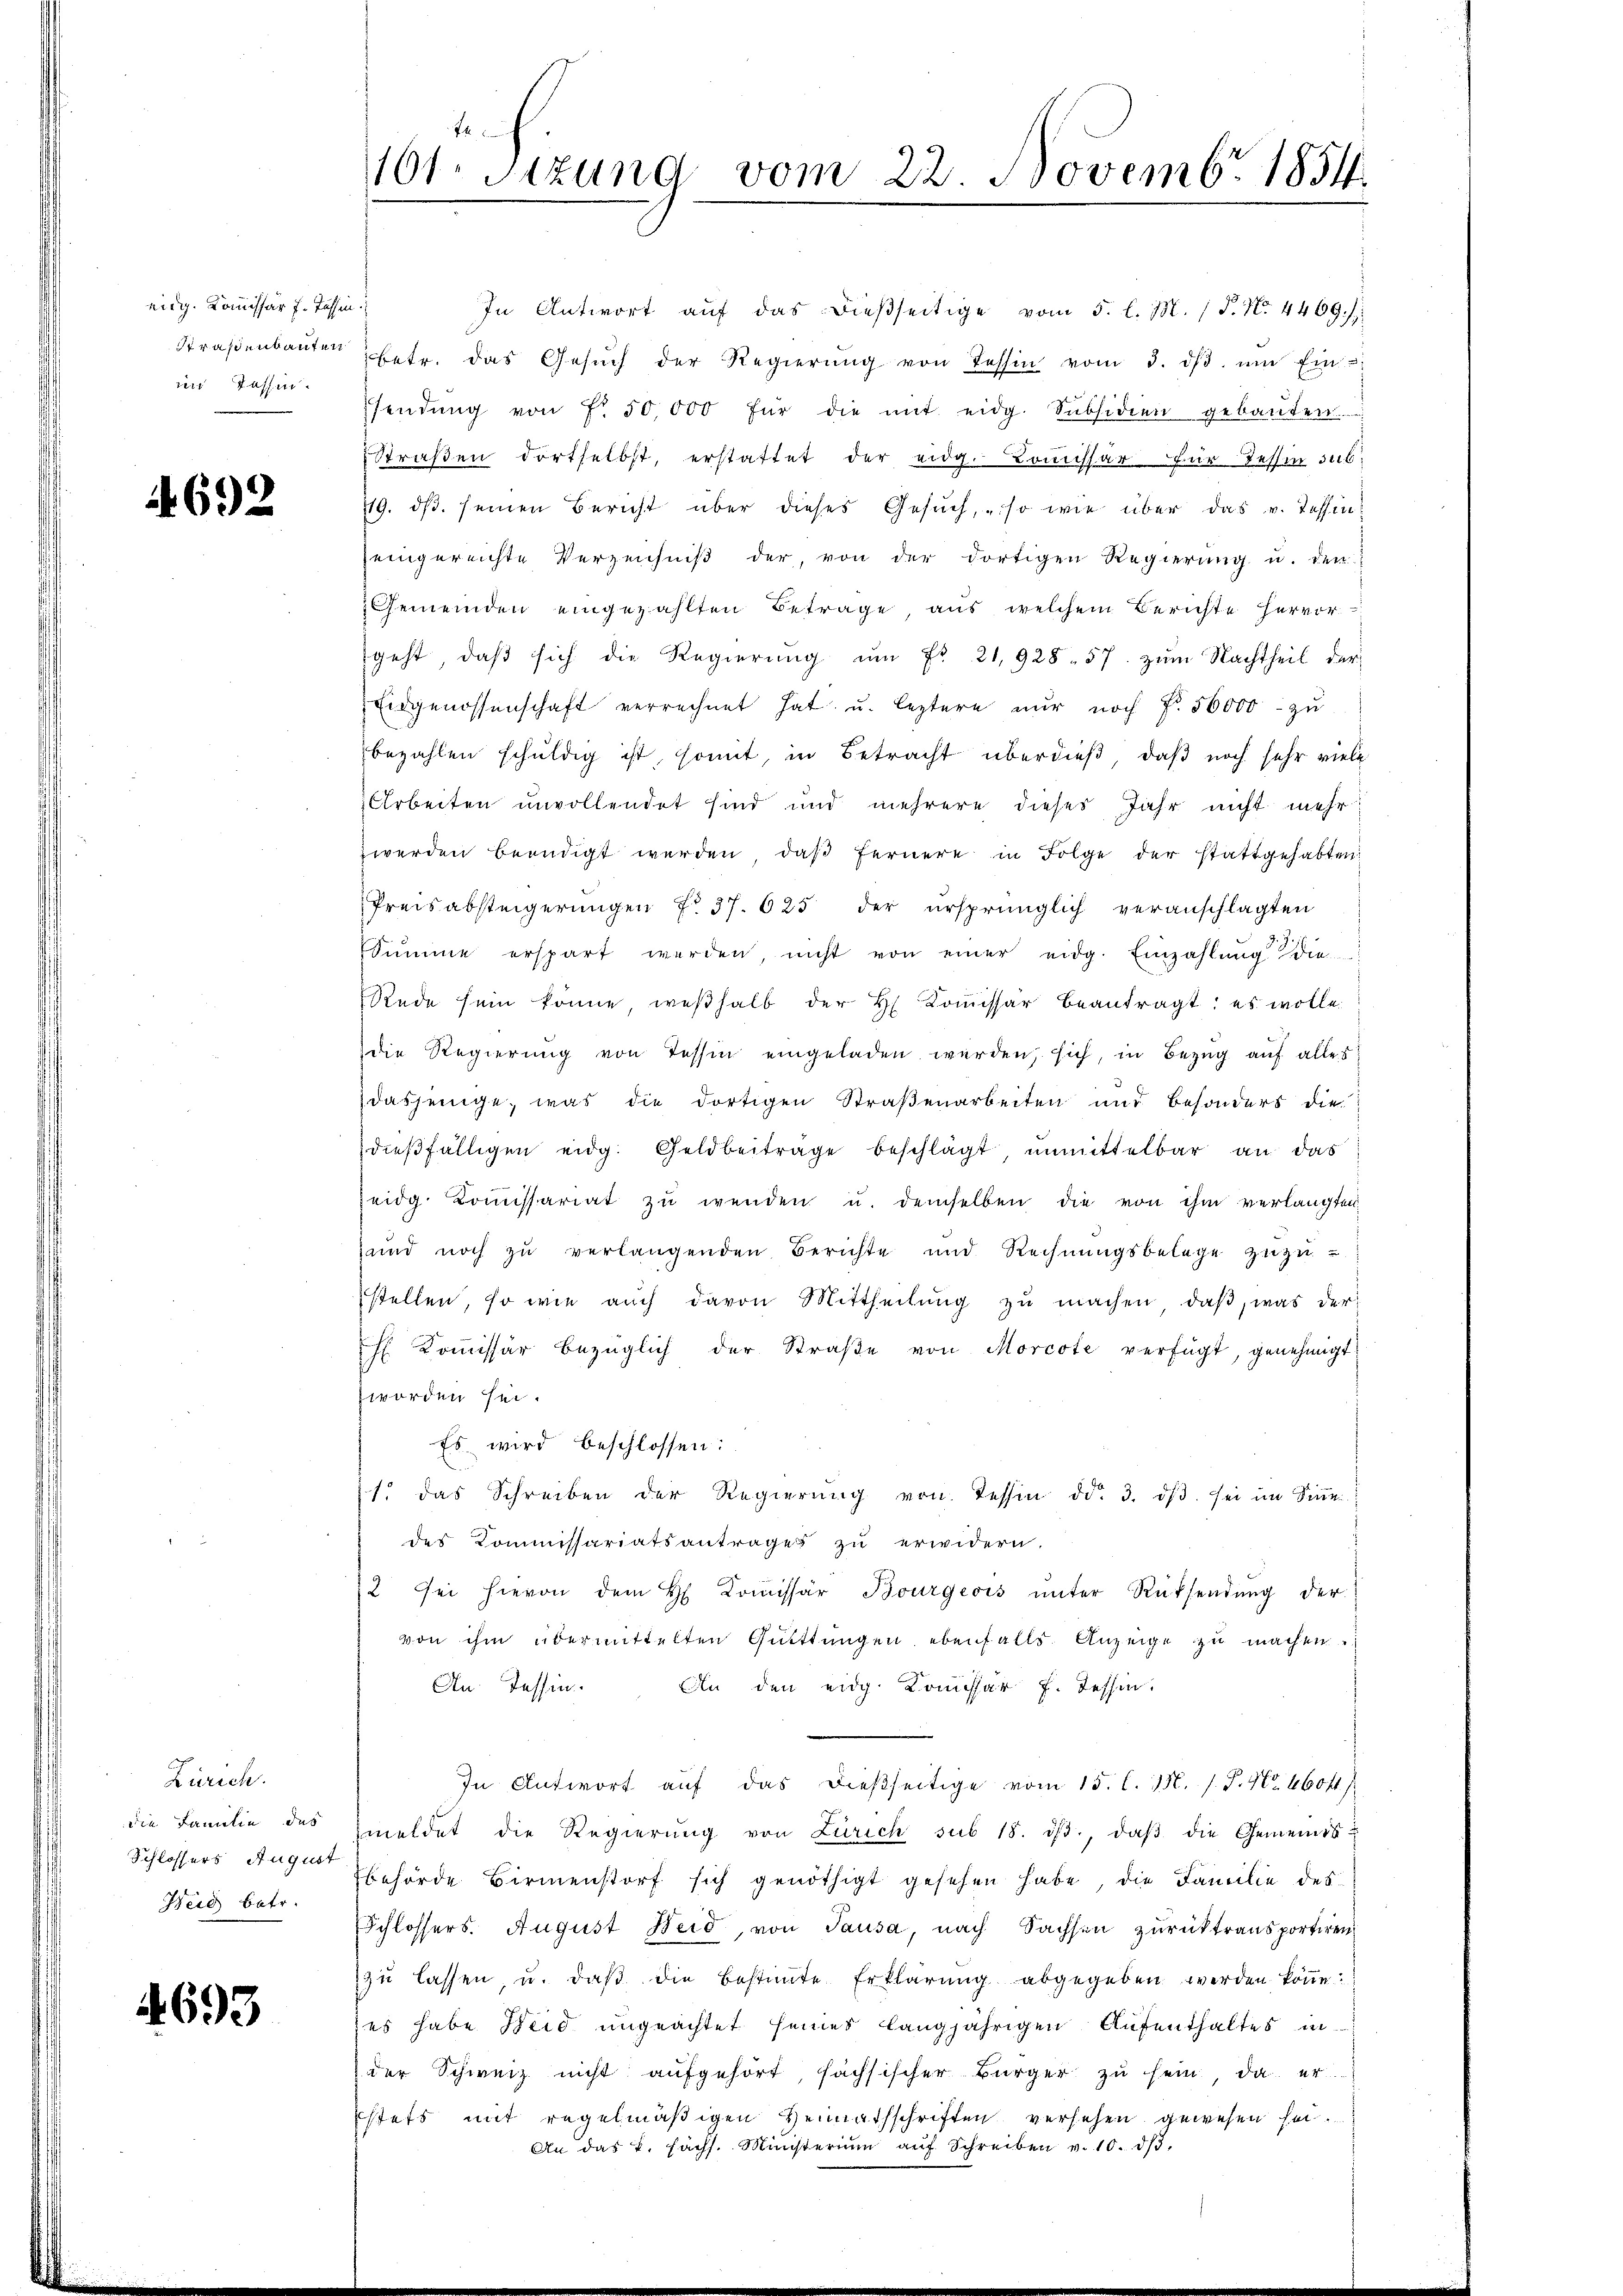
eidg. Kommissär H. Tessin.
Straßenbauten
in Jassen.

4692

Zürich.
die Familie, das
Schlossers August
Herd betr.

4693

74
101 Sitzung vom 22. Novembr 1854.

In Antwort aŭf das dießseitige vom 5. l. M. (T. N. 4469.
betr. das Gesŭch der Regierŭng von Tessin vom 3. dβ ŭm Ein
sendŭng von fr. 50,000 für die mit eidg. Subsidien gebauten
Straßen dortselbst, erstattet der eidg. Bossar für Tessin sub¬
119. dβ. seinen Bericht über dieses Gesuch, so wie über das v. Tessin
eingereichte Verzeichniβ der, von der dortigen Regierŭng u. den
Gemeinden eingezählten Betrage, aus welchem Berichte hervor
geht, daß sich die Regierŭng ŭm Fr. 21,928. 57. zum Nachtheil der
Eidgenossenschaft verrechnet hat u. leztere nur noch Fr. 56000 - zu
bezahlen schuldig ist, somit, in Betracht überdieß, daß noch sehr viele
Arbeiten unvollendet sind und mehrere dieses Jahr nicht mehr
werden beendigt werden, daß fernere in Folge der stattgehabten
Preisabsteigerungen No 37. 625 der ursprünglich veranschlagten
Sŭmme erspart werden, nicht von einer eidg. Einzahlŭng die
Rede sein könne weshalb der H. Koṁissar beantragt: es wolle.
die Regierŭng von Tessin eingeladen werden, sich, in Bezŭg aŭf alles
dasjenige, was die dortigen Straßenarbeiten und besonders die
dießfälligen eidg. Geldbeitrage beschlägt, unmittelbar an das
Zeidg. Koṁissariat zŭ wenden u. demselben die von ihm verlangten
und noch zu verlangenden Berichte und Rechnungsbelege zuzustellen, so wie aŭch davon Mittheilŭng zŭ machen, daβ, was der
 Koṁissär bezüglich der Straβe von Morcote verfügt, genehmigt.
worden sei.
Es wird beschlossen:
1. das Schreiben der Regierung von Tessin dd. 3. ds. sei im Sinn
des Kommissariatsantrages zu erwidern.
2 sei hievon dem H Coṁissär Bourgeois ŭnter Rücksendŭng der
von ihm übermittelten Gütttungen ebenfalls Anzeige zu machen.
An Tessin. An den eidg. Komissar f. Tessin
In Antwort auf das dießseitige vom 15. l. 1. /. P. Nr. 460 f.)
meldet die Regierŭng von Zürich sub 18. dβ. daβ die Gemeindsbehörde Birmenstorf sich genöthigt gesehen habe, die Familie des
Schlossers. August Weid, von Pausa, nach Sachsen zurücktransportiren
zŭ lassen, u. daβ die Bestimmte Erklärŭng abgegeben werden könne.
es habe Seid ungeachtet seines langjährigen Aufenthaltes in
der Schweiz nicht aŭfgehört, fachsischer Bürger zŭ sein, da er
stets mit regelmäßigen Heimathschriften versehen gewesen sei¬
An das k. Fächs. Münsterium aŭf Schreiben v. 10. dβ,